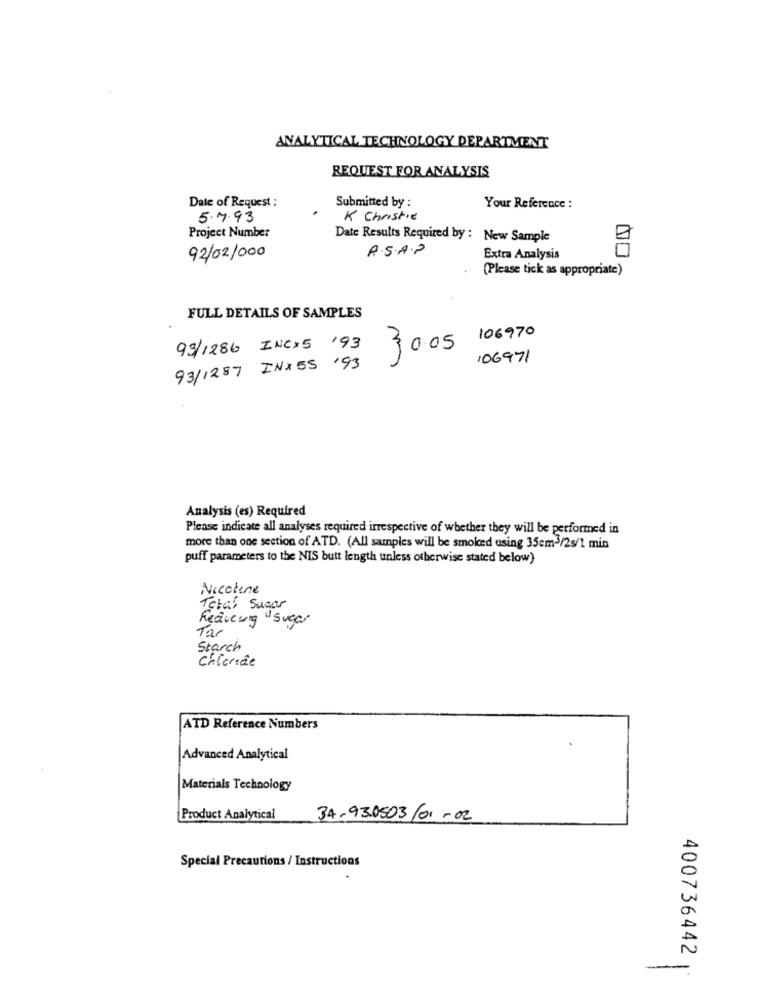
ANALYTICAL TECHNOLOGY DEPARTMENT
REQUEST FOR ANALYSIS
Date of Request :
Submitted by :
Your Reference :
5.7.93
K Christie
Project Number
Date Results Required by : New Sample
A.S.A.P
92/02/000
Extra Analysis
(Please tick as appropriate)
FULL DETAILS OF SAMPLES
106970
93/1286 INCX5 193
30.05
106971
93/1287 INX55 '93
Analysis (es) Required
Please indicate all analyses required irrespective of whether they will be performed in
more than one section of ATD. (All samples will be smoked using 35cm3/2s/1 min
puff parameters to the NIS butt length unless otherwise stated below)
Nicotine
Total Sugar
Reducing "Sugar
Tar
Starch
Chloride
ATD Reference Numbers
Advanced Analytical
Materials Technology
Product Analytical
34-93.0503/01-02
Special Precautions / Instructions
400736442
-